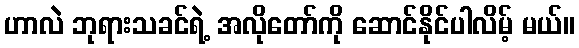
ဟာလဲ ဘုရားသခင်ရဲ့ အလိုတော်ကို ဆောင်နိုင်ပါလိမ့် မယ်။